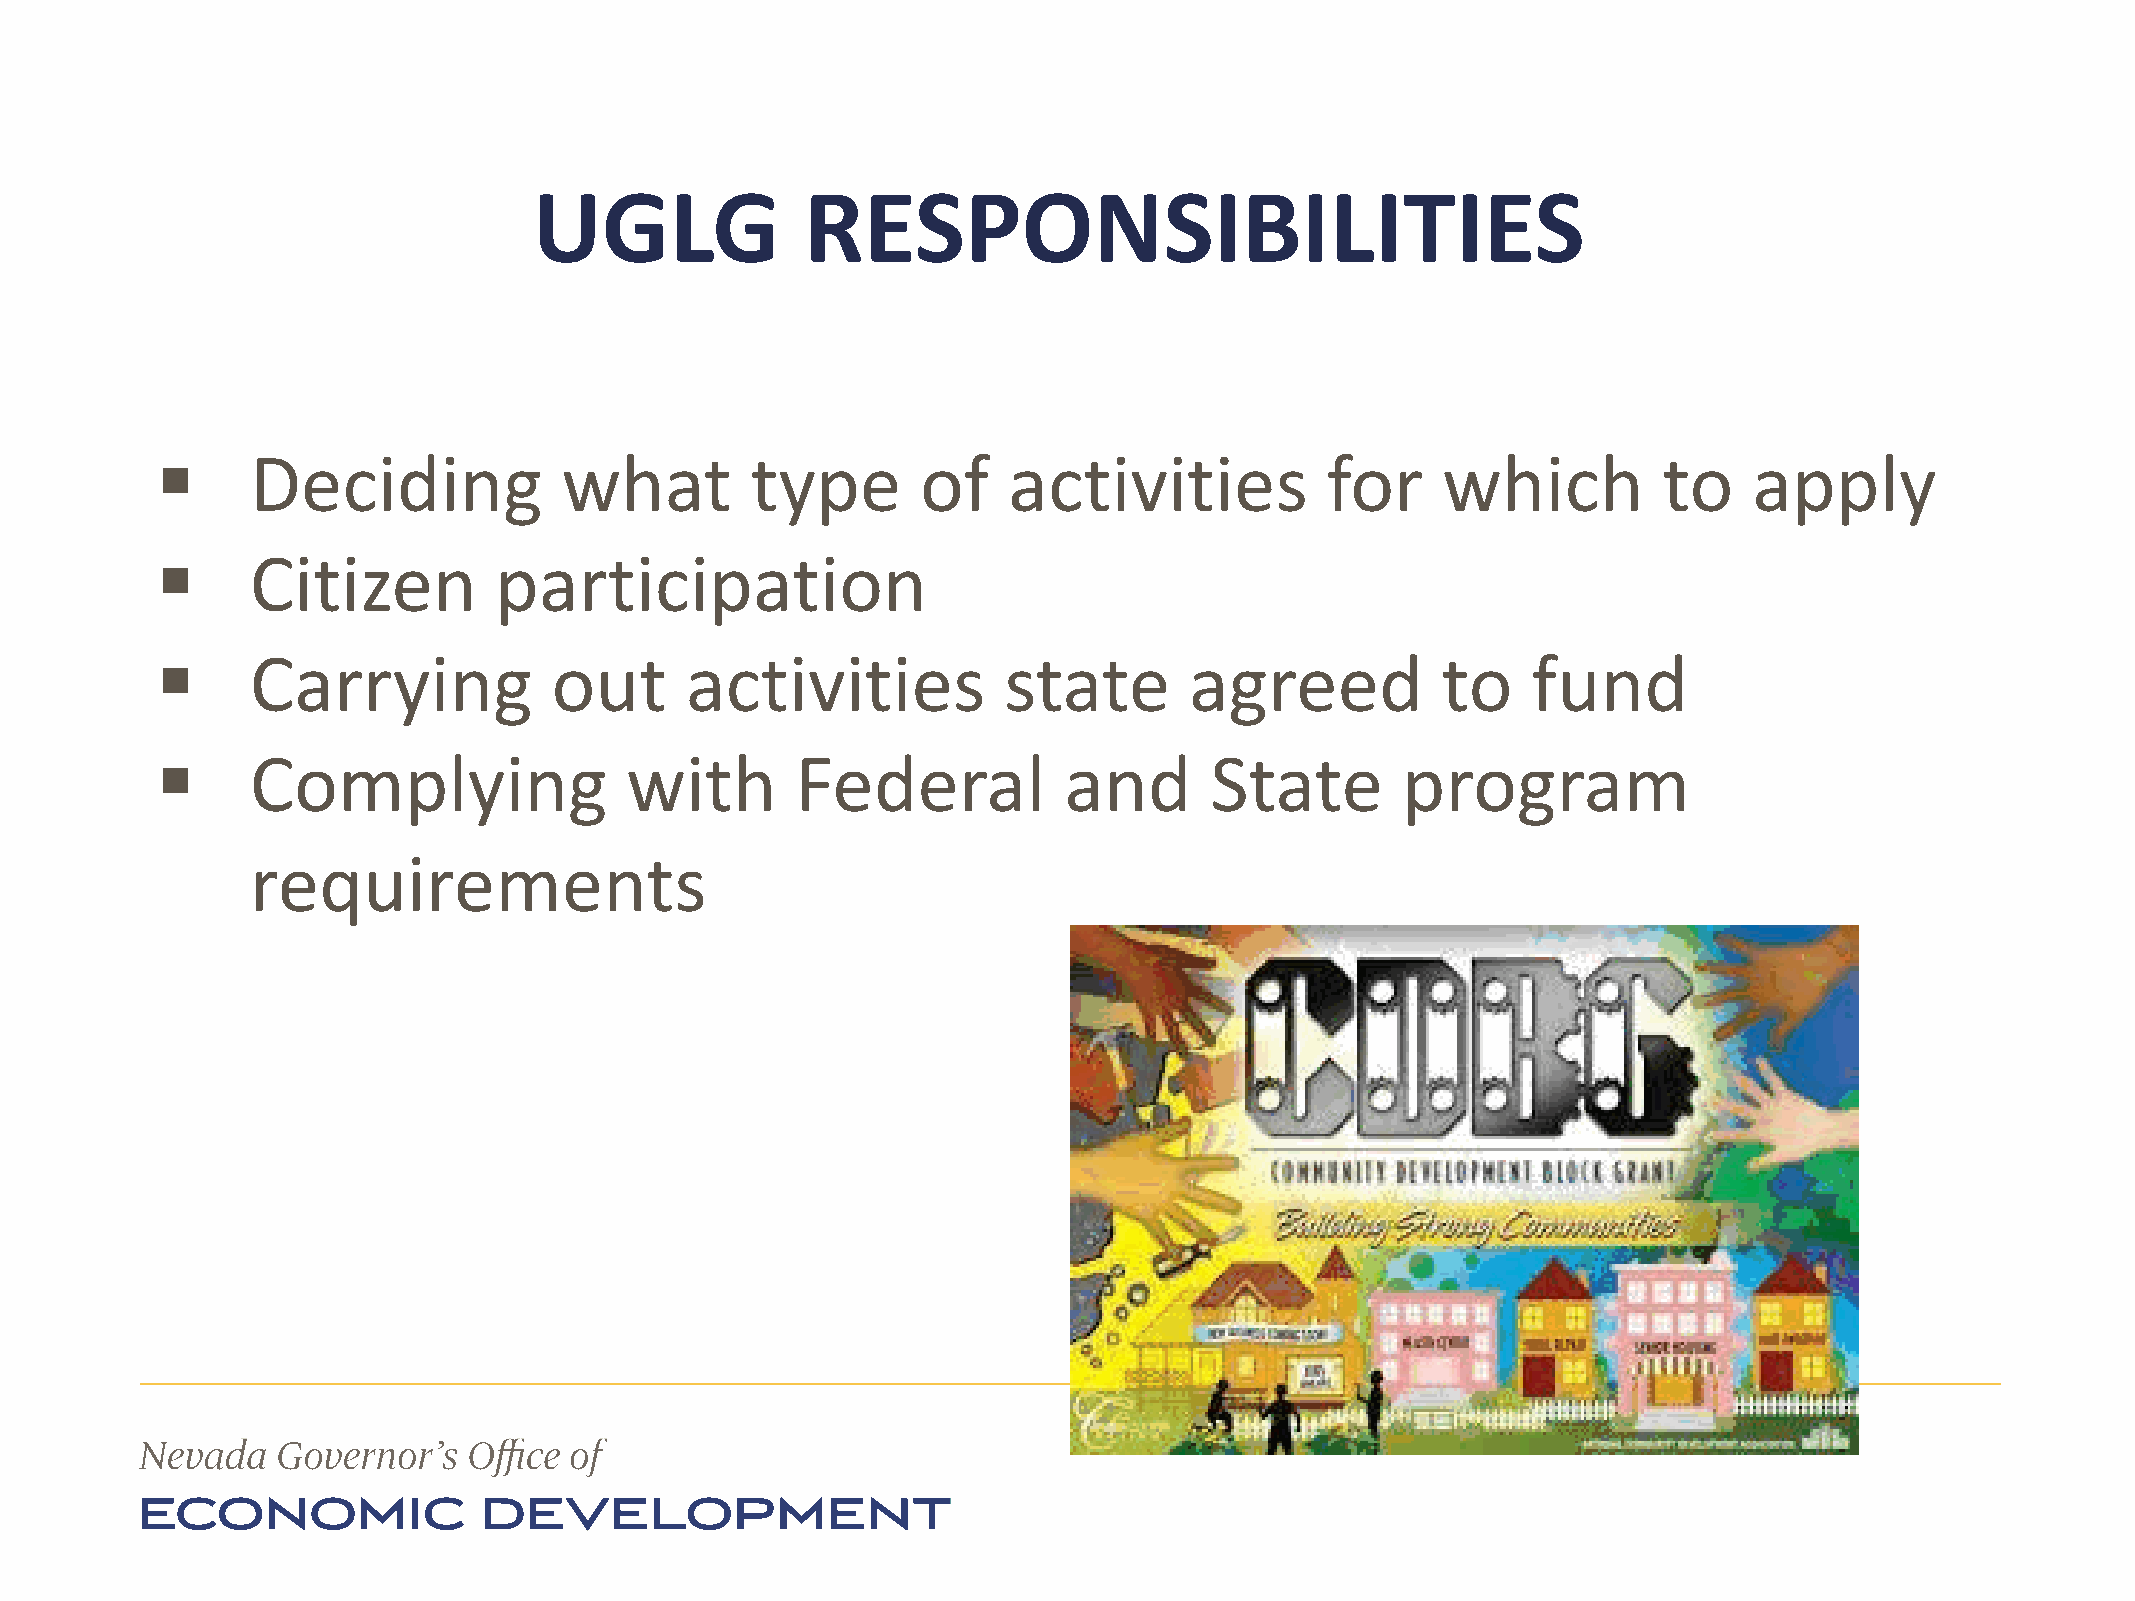
UGLG              RESPONSIBILITIES
 ▪      Deciding            what         type       of    activities           for    which          to    apply
 ▪      Citizen         participation
 ▪      Carrying            out     activities           state        agreed          to    fund
 ▪      Complying               with        Federal          and       State        program
 requirements